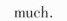
much.